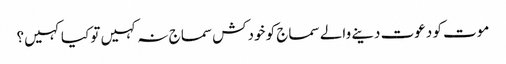
موت کو دعوت دینے والے سماج کو خودکش سماج نہ کہیں تو کیا کہیں؟